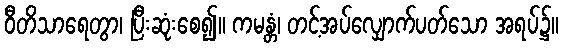
ဝီတိသာရေတွာ၊ ပြီးဆုံးစေ၍။ ကမန္တံ၊ တင့်အပ်လျှောက်ပတ်သော အရပ်၌။